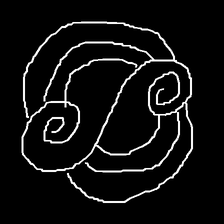
Glyph: wind-underfoot